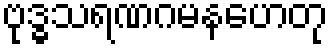
ဗုဒ္ဓသရဏဂမနဟေတု